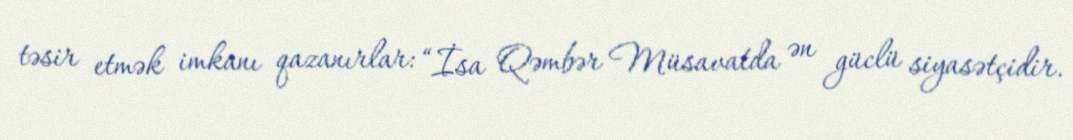
təsir etmək imkanı qazanırlar: “İsa Qəmbər Müsavatda ən güclü siyasətçidir.